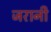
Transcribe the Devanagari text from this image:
जरानी